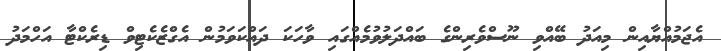
އެޖަމުއްޔާއިން މިއަދު ބޭއްވި ނޫސްވެރިންގެ ބައްދަލުވުމެއްގައި ވާހަކަ ދައްކަވަމުން އެގްޒެކެޓިވް ޑިރެކްޓާ އަހްމަދު